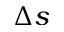
\Delta s